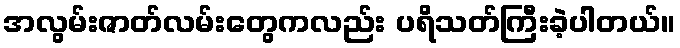
အလွမ်းဇာတ်လမ်းတွေကလည်း ပရိသတ်ကြီးခဲ့ပါတယ်။